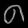
Digit: ၈